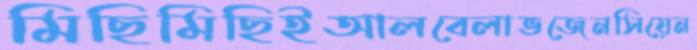
মিছিমিছিইআলবেলাভজেনসিয়েন